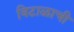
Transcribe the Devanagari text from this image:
विटाळाची